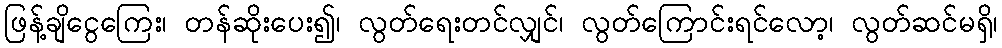
ဖြန့်ချိငွေကြေး၊ တန်ဆိုးပေး၍၊ လွတ်ရေးတင်လျှင်၊ လွတ်ကြောင်းရင်လော့၊ လွတ်ဆင်မရှိ၊